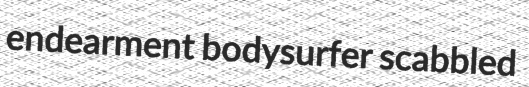
endearment bodysurfer scabbled